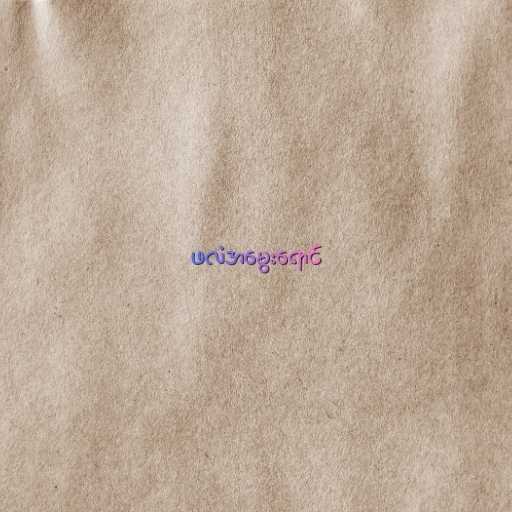
ဖလံအမွေးရောင်